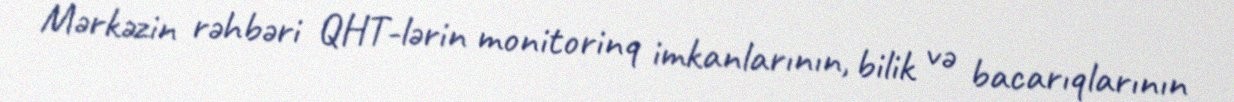
Mərkəzin rəhbəri QHT-lərin monitorinq imkanlarının, bilik və bacarıqlarının